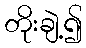
တိုးချဲ့၍